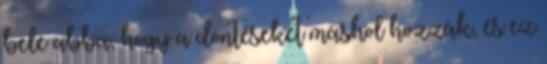
bele abba, hogy a döntéseket máshol hozzák, és ez